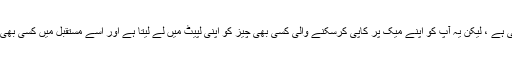
اگرچہ یہ ٹائم مشین کی طرح نہیں دکھائی دیتی ہے ، لیکن یہ آپ کو اپنے میک پر کاپی کرسکنے والی کسی بھی چیز کو اپنی لپیٹ میں لے لیتا ہے اور اسے مستقبل میں کسی بھی وقت پیسٹ کرنے کے لئے دستیاب کرتا ہے۔